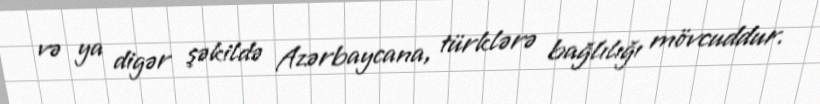
və ya digər şəkildə Azərbaycana, türklərə bağlılığı mövcuddur.